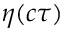
\eta ( c \tau )